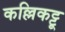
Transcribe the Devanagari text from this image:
कल्लिकट्टू